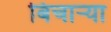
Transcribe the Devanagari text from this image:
बिचार्‍या